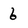
Character: 6